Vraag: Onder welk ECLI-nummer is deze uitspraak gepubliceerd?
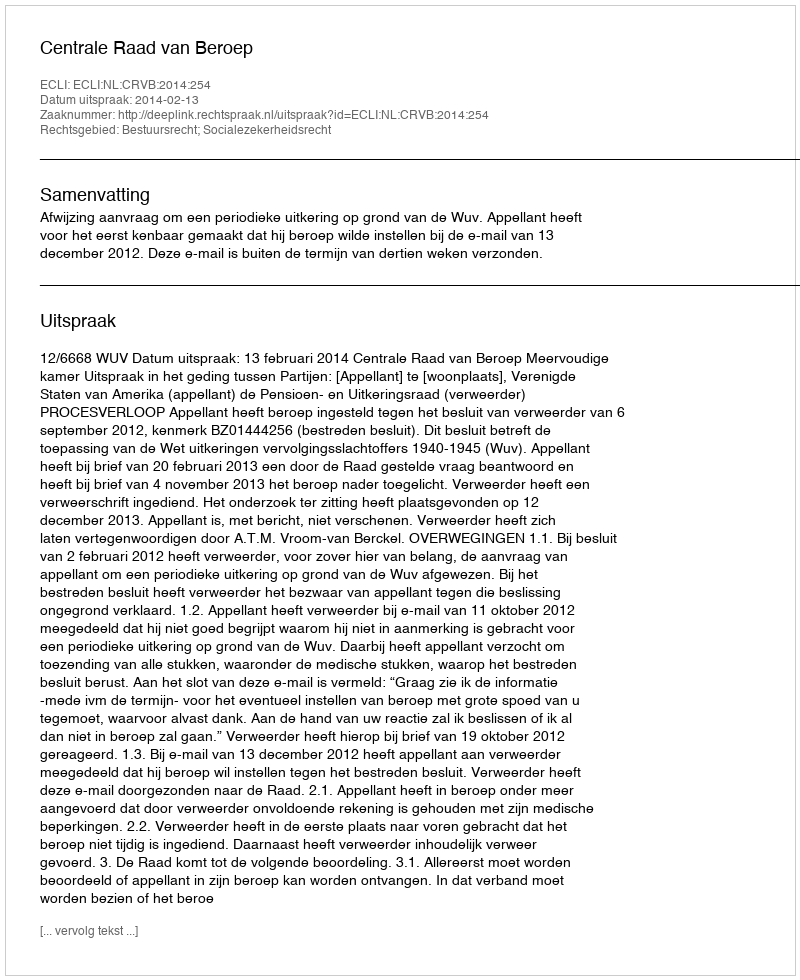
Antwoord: ECLI:NL:CRVB:2014:254